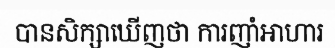
បានសិក្សាឃើញថា ការញាំអាហារ